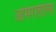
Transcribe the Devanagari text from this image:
अमिरातीला